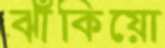
ঝাঁকিয়ো